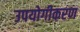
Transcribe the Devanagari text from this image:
उपयोगीकरण